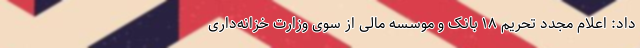
داد: اعلام مجدد تحریم ۱۸ بانک و موسسه مالی از سوی وزارت خزانه‌داری